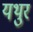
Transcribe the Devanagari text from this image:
यथुर